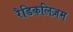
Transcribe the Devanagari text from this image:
रैडिकलिज़म